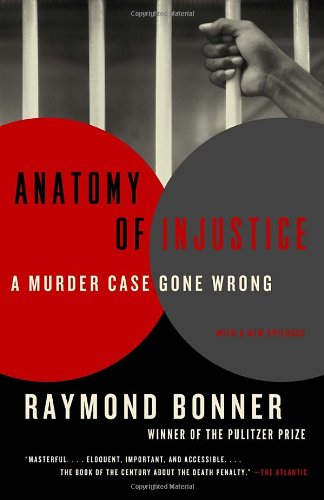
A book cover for Anatomy of Injustice: A Murder Case Gone Wrong; Raymond Bonner; Law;